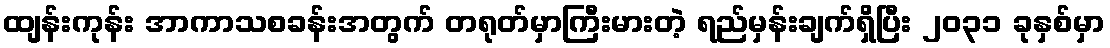
ထျန်းကုန်း အာကာသစခန်းအတွက် တရုတ်မှာကြီးမားတဲ့ ရည်မှန်းချက်ရှိပြီး ၂၀၃၁ ခုနှစ်မှာ